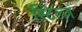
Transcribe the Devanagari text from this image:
स्टिल्ज़